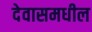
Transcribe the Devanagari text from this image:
देवासमधील